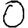
Digit: 0